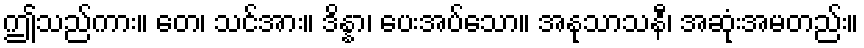
ဤသည်ကား။ တေ၊ သင်အား။ ဒိန္နာ၊ ပေးအပ်သော။ အနုသာသနီ၊ အဆုံးအမတည်း။